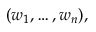
( w _ { 1 } , \ldots , w _ { n } ) ,